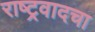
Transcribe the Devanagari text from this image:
राष्ट्रवादचा